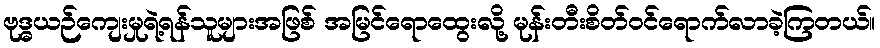
ဗုဒ္ဓယဉ်ကျေးမှုရဲ့ရန်သူများအဖြစ် အမြင်ရောထွေးလို့ မုန်းတီးစိတ်ဝင်ရောက်လာခဲ့ကြတယ်။